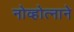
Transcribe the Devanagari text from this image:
नोव्होत्नाने